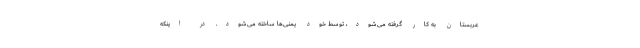
عربستان به کار گرفته می‌شود، توسط خود یمنی‌ها ساخته می‌شود. در اینکه